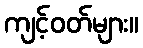
ကျင့်ဝတ်များ။